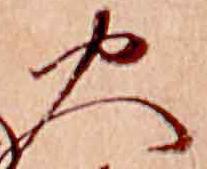
火